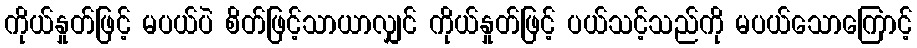
ကိုယ်နှုတ်ဖြင့် မပယ်ပဲ စိတ်ဖြင့်သာယာလျှင် ကိုယ်နှုတ်ဖြင့် ပယ်သင့်သည်ကို မပယ်သောကြောင့်